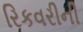
રિકવરીની